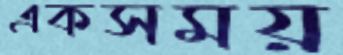
একসময়